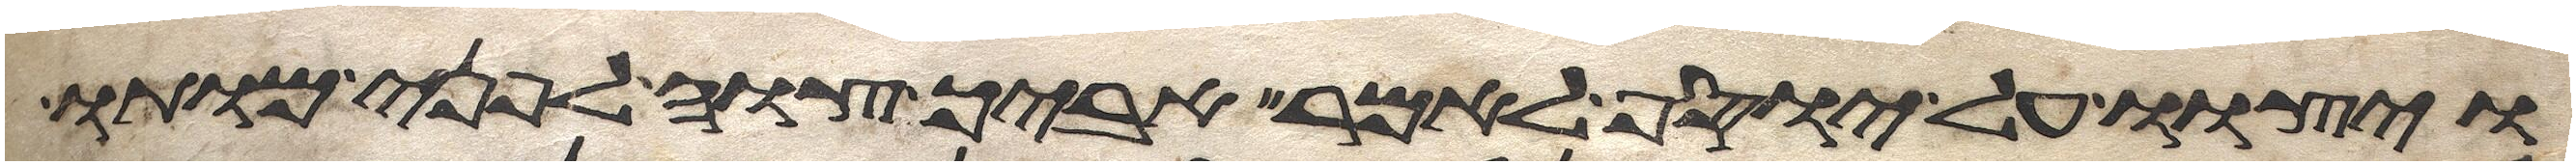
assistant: ויצוו על יוסף לאמר אביך צוה לפני מותו